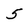
Character: 5